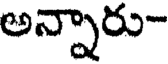
అన్నారు-